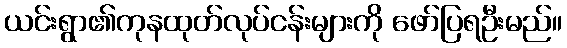
ယင်းရွာ၏ကုနထုတ်လုပ်ငန်းများကို ဖော်ပြရဦးမည်။